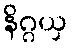
နိဂ္ဂယှ